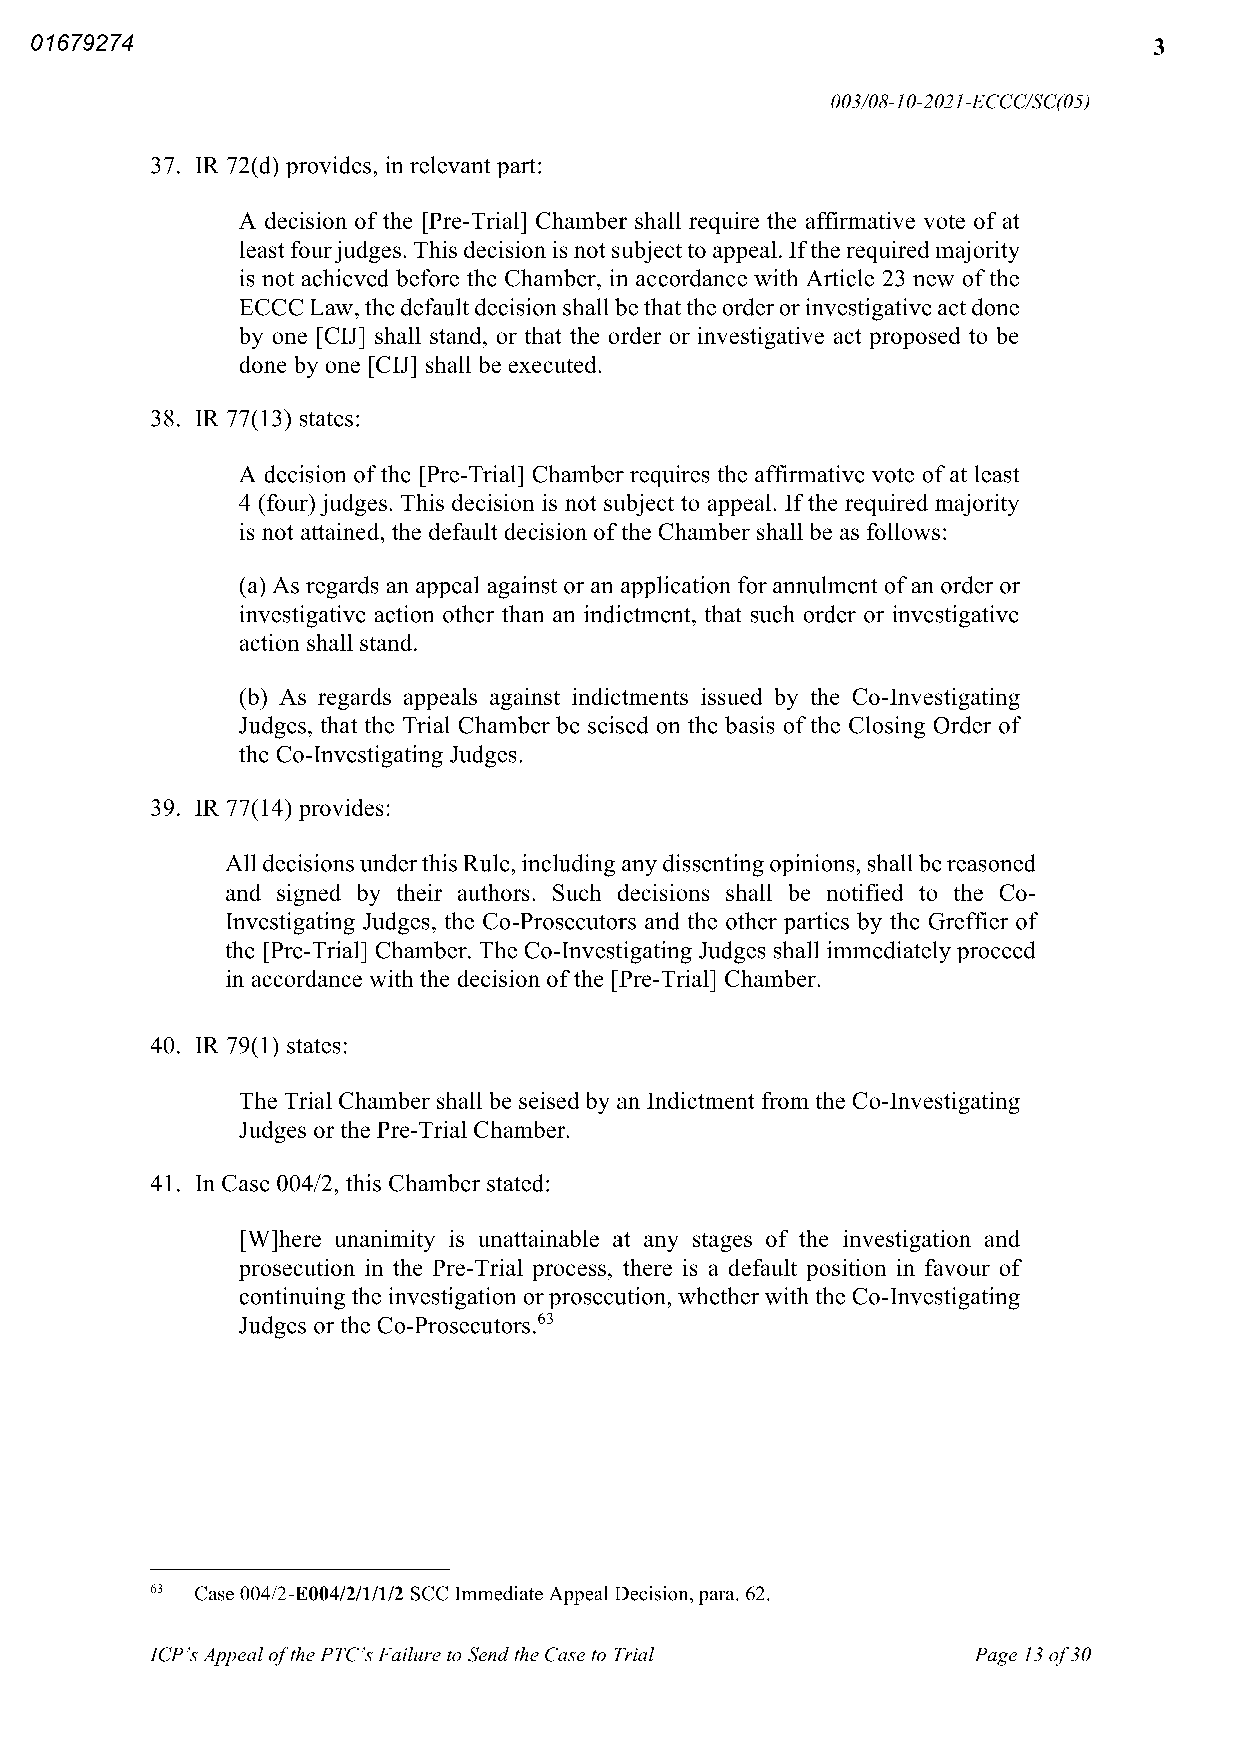
ERN>01679274</ERN>                                                        3
 003 08 10 2021 ECCCSC 05
 37 IR 72 d provides in relevant part
 A decision ofthe [Pre Trial] Chamber shall require the affirmative vote of at
 least fourjudges This decision is not subjectto appeal Ifthe required majority
 is not achieved before the Chamber in accordance with Article 23 new ofthe
 ECCC Law the default decision shallbe thatthe orderorinvestigative act done
 by one [CIJ] shall stand or that the order or investigative act proposed to be
 done by one [CIJ] shall be executed
 38 IR 77 13 states
 A decision ofthe [Pre Trial] Chamber requires the affirmative vote ofat least
 4 four judges This decision is not subject to appeal Ifthe required majority
 is not attained the default decision ofthe Chamber shall be as follows
 a As regards an appeal against or an application for annulment ofan order or
 investigative action other than an indictment that such order or investigative
 action shall stand
 b As regards appeals against indictments issued by the Co Investigating
 Judges that the Trial Chamber be seised on the basis ofthe Closing Order of
 the ~~ Investigating Judges
 39 IR 77 14 provides
 All decisions underthis Rule including any dissenting opinions shallbereasoned
 and signed by their authors Such decisions shall be notified to the Co
 Investigating Judges the Co Prosecutors and the other parties by the Greffier of
 the [Pre Trial] Chamber The Co Investigating Judges shall immediately proceed
 in accordance with the decision ofthe [Pre Trial] Chamber
 40 IR 79 1 states
 The Trial Chamber shall be seisedby an Indictment from the Co Investigating
 Judges or the Pre Trial Chamber
 41 In Case 004 2 this Chamber stated
 [W]here unanimity is unattainable at any stages of the investigation and
 prosecution in the Pre Trial process there is a default position in favour of
 continuing the investigation orprosecution whetherwith the Co Investigating
 Judges or the Co Prosecutors 63
 63 Case 004 2 E004 2 1 1 2 SCC ImmediateAppeal Decision para 62
 ICP’sAppealofthePTC’sFailure to Sendthe Case to Trial Page 13 of30